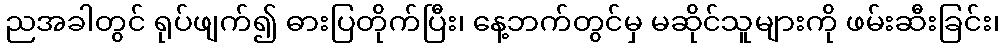
ညအခါတွင် ရုပ်ဖျက်၍ ဓားပြတိုက်ပြီး၊ နေ့ဘက်တွင်မှ မဆိုင်သူများကို ဖမ်းဆီးခြင်း၊